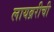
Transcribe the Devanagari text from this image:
लायब्ररीची